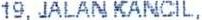
19, JALAN KANCIL,